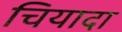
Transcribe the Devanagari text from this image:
चियादा